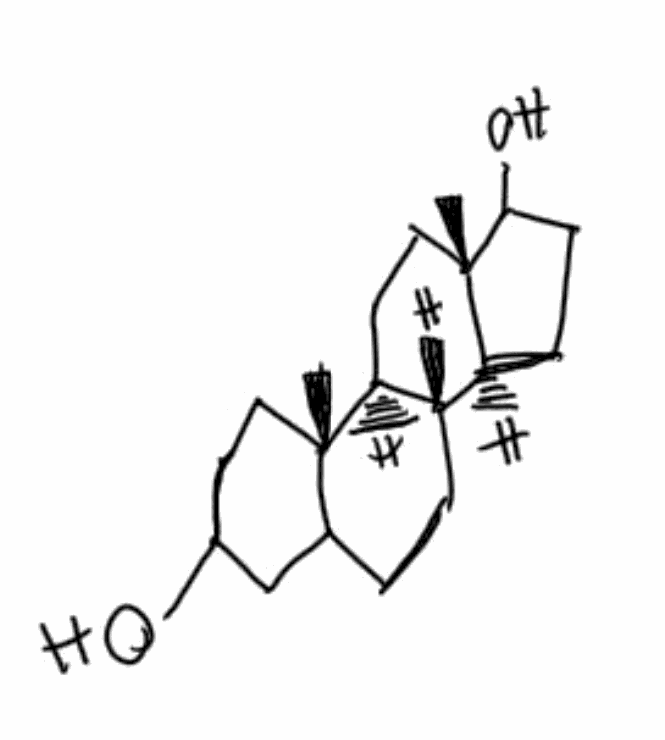
Simplified molecular-input line-entry system (SMILES) notation of the given molecule:
C[C@]12CCC(CC1CC[C@@H]3[C@@H]2CC[C@]4([C@H]3CCC4O)C)O